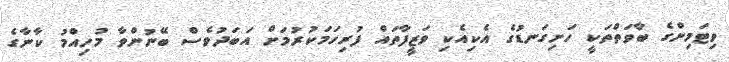
ވިޓަމިންގެ ބާވަތްތަކީ ހަށިގަނޑުގެ އެކިއެކި ވަޒީފާތައް ފުރިހަމަކުރުމަށް އަބަދުވެސް ބޭނުންވާ މުހިއްމު ކާނާގެ